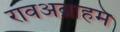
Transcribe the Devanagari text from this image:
रावअब्राहम